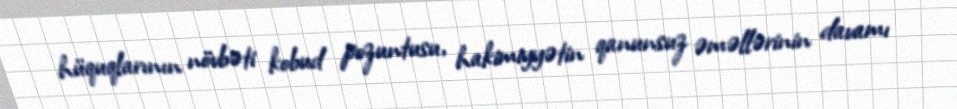
hüquqlarının növbəti kobud pozuntusu, hakimiyyətin qanunsuz əməllərinin davamı